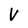
Character: V